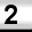
Digit: 2